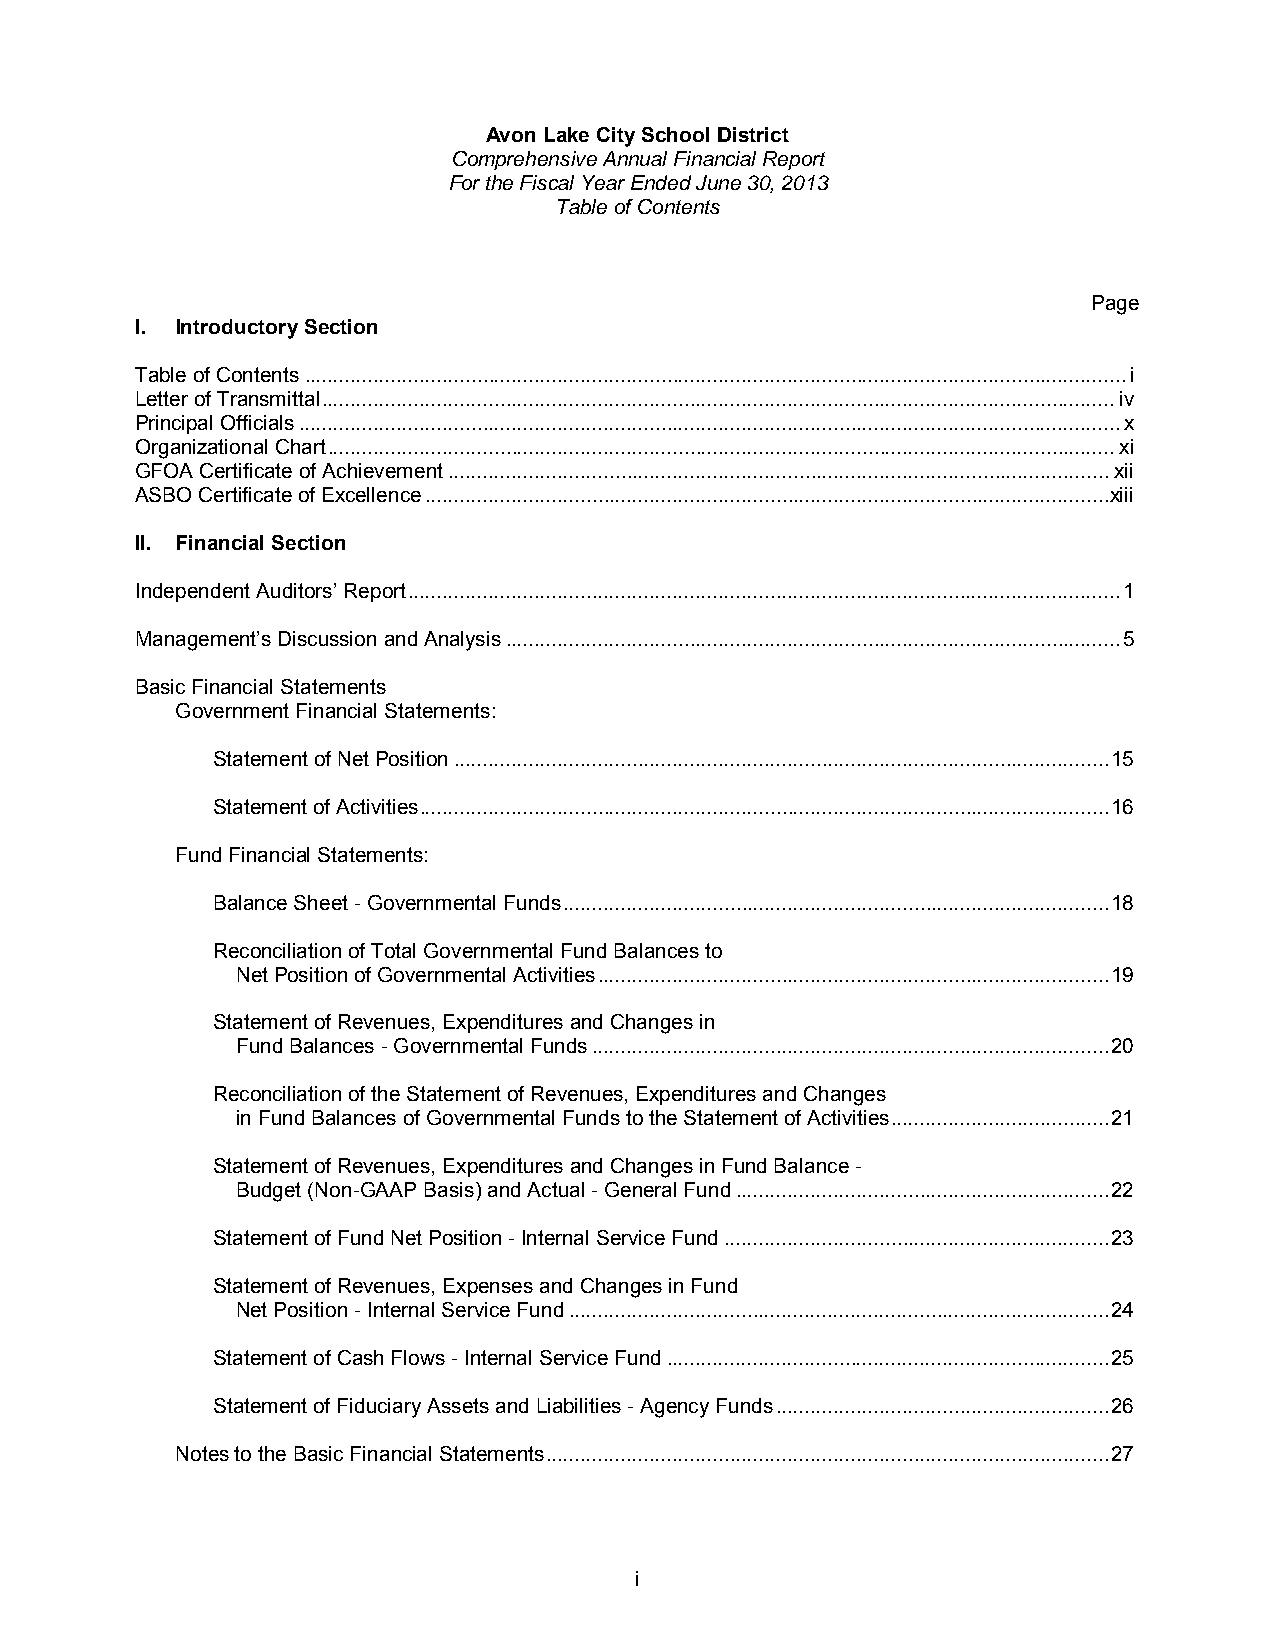
Avon Lake City School District
 Comprehensive Annual Financial Report
 For the Fiscal Year Ended June 30, 2013
 Table of Contents
 Page
 I. Introductory Section
 Table of Contents ............................................................................................................................................... i
 Letter of Transmittal .......................................................................................................................................... iv
 Principal Officials ............................................................................................................................................... x
 Organizational Chart ......................................................................................................................................... xi
 GFOA Certificate of Achievement ................................................................................................................... xii
 ASBO Certificate of Excellence ....................................................................................................................... xiii
 II. Financial Section
 Independent Auditors’ Report ............................................................................................................................ 1
 Management’s Discussion and Analysis ........................................................................................................... 5
 Basic Financial Statements
 Government Financial Statements:
 Statement of Net Position .................................................................................................................. 15
 Statement of Activities ........................................................................................................................ 16
 Fund Financial Statements:
 Balance Sheet - Governmental Funds ............................................................................................... 18
 Reconciliation of Total Governmental Fund Balances to
 Net Position of Governmental Activities ......................................................................................... 19
 Statement of Revenues, Expenditures and Changes in
 Fund Balances - Governmental Funds .......................................................................................... 20
 Reconciliation of the Statement of Revenues, Expenditures and Changes
 in Fund Balances of Governmental Funds to the Statement of Activities ...................................... 21
 Statement of Revenues, Expenditures and Changes in Fund Balance -
 Budget (Non-GAAP Basis) and Actual - General Fund ................................................................. 22
 Statement of Fund Net Position - Internal Service Fund ................................................................... 23
 Statement of Revenues, Expenses and Changes in Fund
 Net Position - Internal Service Fund .............................................................................................. 24
 Statement of Cash Flows - Internal Service Fund ............................................................................. 25
 Statement of Fiduciary Assets and Liabilities - Agency Funds .......................................................... 26
 Notes to the Basic Financial Statements .................................................................................................. 27
 i